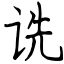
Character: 诜